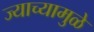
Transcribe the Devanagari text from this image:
ज्याच्यामुळे